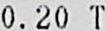
0.20 T